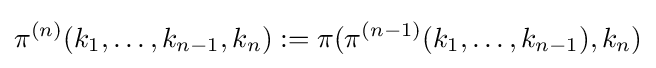
\pi ^{(n)}(k_{1},\ldots ,k_{n-1},k_{n}):=\pi (\pi ^{(n-1)}(k_{1},\ldots ,k_{n-1}),k_{n})